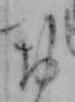
お